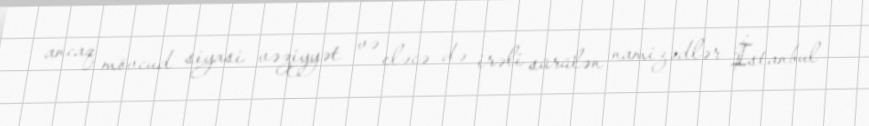
ancaq mövcud siyasi vəziyyət və eləcə də irəli sürülən namizədlər İstanbul